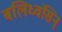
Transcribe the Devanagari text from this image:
बलिध्वंसिन्